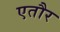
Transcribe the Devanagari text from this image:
एतौर